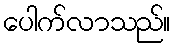
ပေါက်လာသည်။